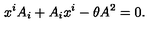
x ^ { i } A _ { i } + A _ { i } x ^ { i } - \theta A ^ { 2 } = 0 .